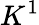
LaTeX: K^{1}